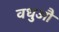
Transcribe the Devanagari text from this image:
वधुऔ